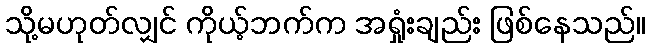
သို့မဟုတ်လျှင် ကိုယ့်ဘက်က အရှုံးချည်း ဖြစ်နေသည်။